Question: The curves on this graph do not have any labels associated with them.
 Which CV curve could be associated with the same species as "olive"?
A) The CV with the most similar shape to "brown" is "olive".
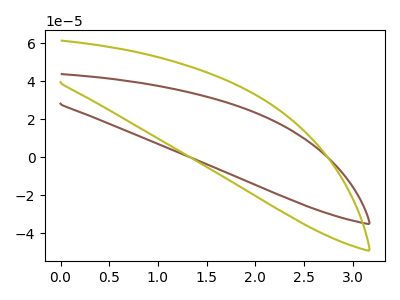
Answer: <think>The brown curve "brown" has no peaks. The olive curve "olive" has no peaks.
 Neither "brown" or "olive" have any peaks.</think>
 <answer>A) The CV with the most similar shape to "brown" is "olive".</answer>
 <eval>A</eval>